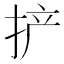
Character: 𫼪